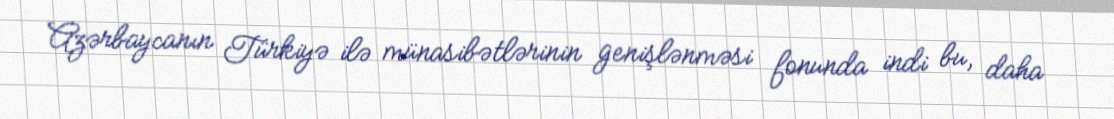
Azərbaycanın Türkiyə ilə münasibətlərinin genişlənməsi fonunda indi bu, daha